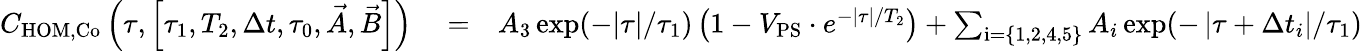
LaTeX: \begin{array}{rlr}{C_{\mathrm{HOM,Co}}\left(\tau,\left[\tau_{1},T_{2},\Delta t,\tau_{0},\vec{A},\vec{B}\right]\right)}&{{}=}&{A_{3}\exp(-|\tau|/\tau_{1})\left(1-V_{\mathrm{PS}}\cdot e^{-|\tau|/T_{2}}\right)+\sum_{\mathrm{i}=\{ 1,2,4,5\} }A_{i}\exp(-\left|\tau+\Delta t_{i}\right|/\tau_{1})}\end{array}